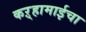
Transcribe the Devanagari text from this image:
कऱ्हामाईचा